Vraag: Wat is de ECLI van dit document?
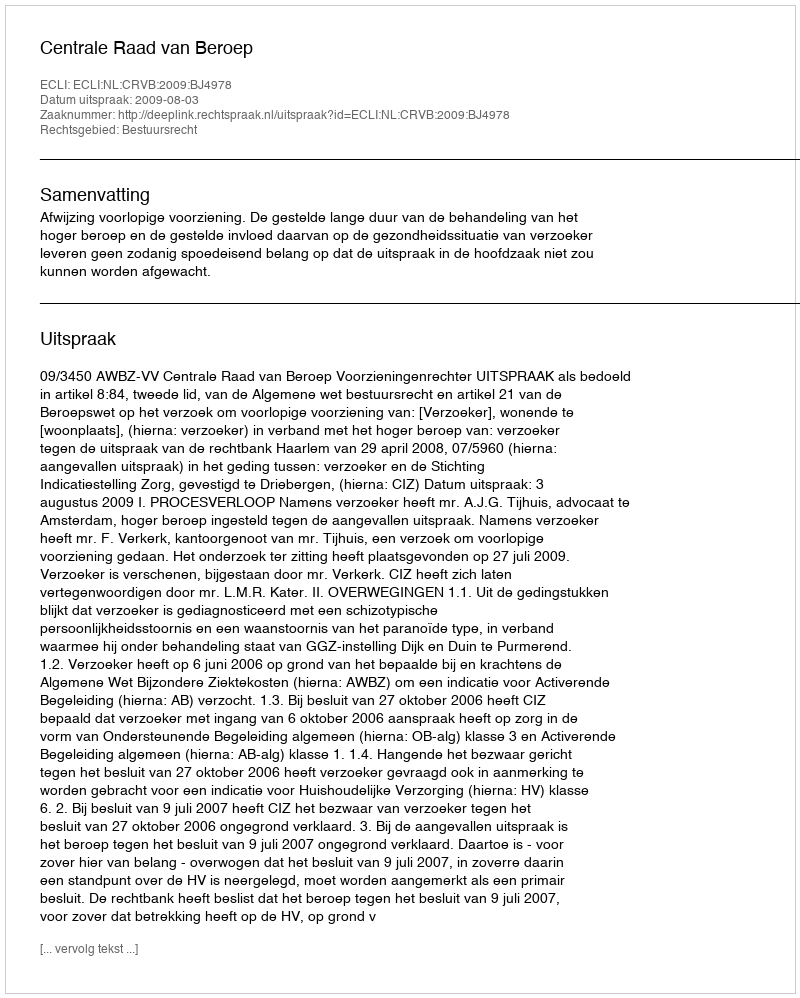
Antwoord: ECLI:NL:CRVB:2009:BJ4978